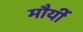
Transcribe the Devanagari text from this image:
मौर्यी